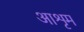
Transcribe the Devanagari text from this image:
आशृम